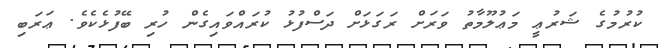
ކުރުމުގެ ޝަރުޢީ މަޢުލޫމާތު ވަރަށް ރަގަޅަށް ދަސްފުޅު ކުރައްވައިގެން ހުރި ބޭފުޅެކެވެ. ޢަރަބި